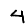
Digit: 4